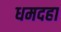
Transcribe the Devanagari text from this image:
धमदहा